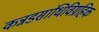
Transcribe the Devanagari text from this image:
कन्नडसांधिविग्रहिक